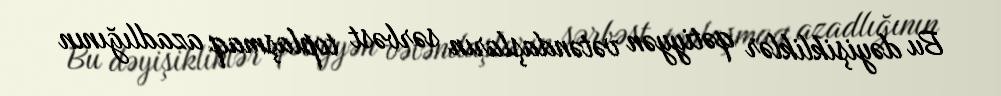
Bu dəyişikliklər qətiyyən vətəndaşların sərbəst toplaşmaq azadlığının